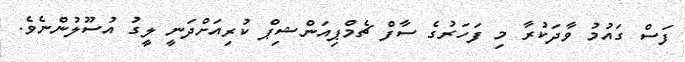
ފަސް ގައުމު ވާދަކުރާ މި ފަހަރުގެ ސާފް ޗެމްޕިއަންޝިޕް ކުރިއަށްދަނީ ލީގު އުސޫލުންނެވެ.